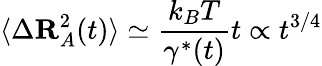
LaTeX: \langle\Delta\mathbf{R}_{A}^{2}(t)\rangle\simeq\frac{k_{B}T}{\gamma^{*}(t)}t\propto t^{3/4}